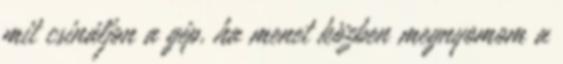
mit csináljon a gép, ha menet közben megnyomom a